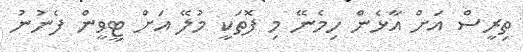
ތިރީސް އަށް އާޅެން ހިމެނޭ މި ފޮތަކީ މުލޭ އަށް ޓީވީން ފެނުނު